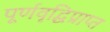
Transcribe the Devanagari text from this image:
पूर्णवृद्धिप्राप्त